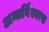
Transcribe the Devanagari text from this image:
अन्तर्विश्वास